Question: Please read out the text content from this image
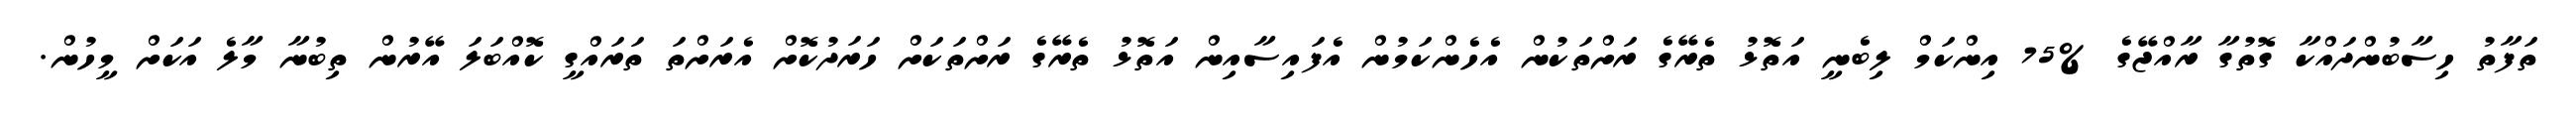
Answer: ތަފާތު ހިސާބުންދައްކާ ގޮތުގާ ރާއްޖޭގެ %75 އިންކަމް ލިބެނީ އަތޮޅު ތެރޭގެ ރަށްތަކުން އެހެންކަމުން އެފައިސާއިން އަތޮޅު ތެރޭގެ ރަށްތަކަށް ހަރަދުކޮށް އެރަށްތަ ތަރައްގީ ކޮއްބަލަ އޭރުން ތިބުނާ މާލެ އަކަށް މީހުން.